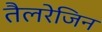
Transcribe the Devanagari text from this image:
तैलरेजिन